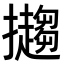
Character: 𢹤